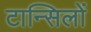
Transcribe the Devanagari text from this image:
टान्सिलों